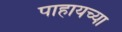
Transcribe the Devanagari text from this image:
पाहायच्या